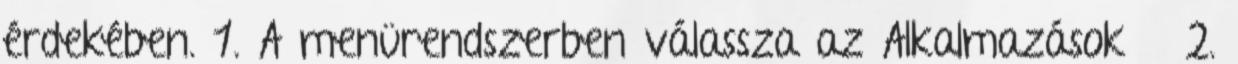
érdekében. 1. A menürendszerben válassza az Alkalmazások → 2.